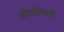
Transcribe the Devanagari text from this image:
ढोलनियाँ